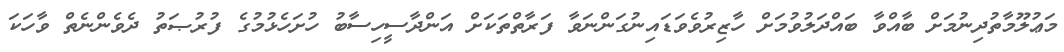
މަޢުލޫމާތުދިނުމަށް ބާއްވާ ބައްދަލުވުމަށް ހާޒިރުވެވަޑައިނުގަންނަވާ ފަރާތްތަކަށް އަންދާސީހިސާބު ހުށަހެޅުމުގެ ފުރުޞަތު ދެވެންނެތް ވާހަކަ